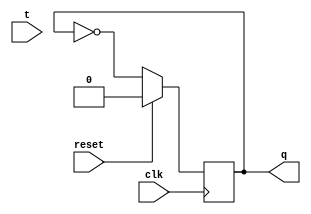
`timescale 1ns / 1ps
//////////////////////////////////////////////////////////////////////////////////
// Company: 
// Engineer: 
// 
// Design Name: 
// Module Name:    Tflipflop 
// Project Name: 
// Target Devices: 
// Tool versions: 
// Description: 
//
// Dependencies: 
//
// Revision: 
// Revision 0.01 - File Created
// Additional Comments: 
//
//////////////////////////////////////////////////////////////////////////////////
module Tflipflop(t,clk,reset,q
    );
input t,clk,reset;
output q;
reg q;
always@(posedge clk)
begin
if(reset==1)
q=0;
else
q=~q;
end
endmodule